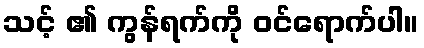
သင့် ၏ ကွန်ရက်ကို ဝင်ရောက်ပါ။